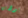
بودين